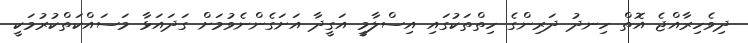
ދިވެހިރާއްޖެ އޮތް ހިނދު ދަރިންގެ ހިތްތަކުގައި އިސްލާމީ އަގީދާ އަށަގެންނެވުމަށް ގަދައަޅާ މަސައްކަތްކުރުމަކީ